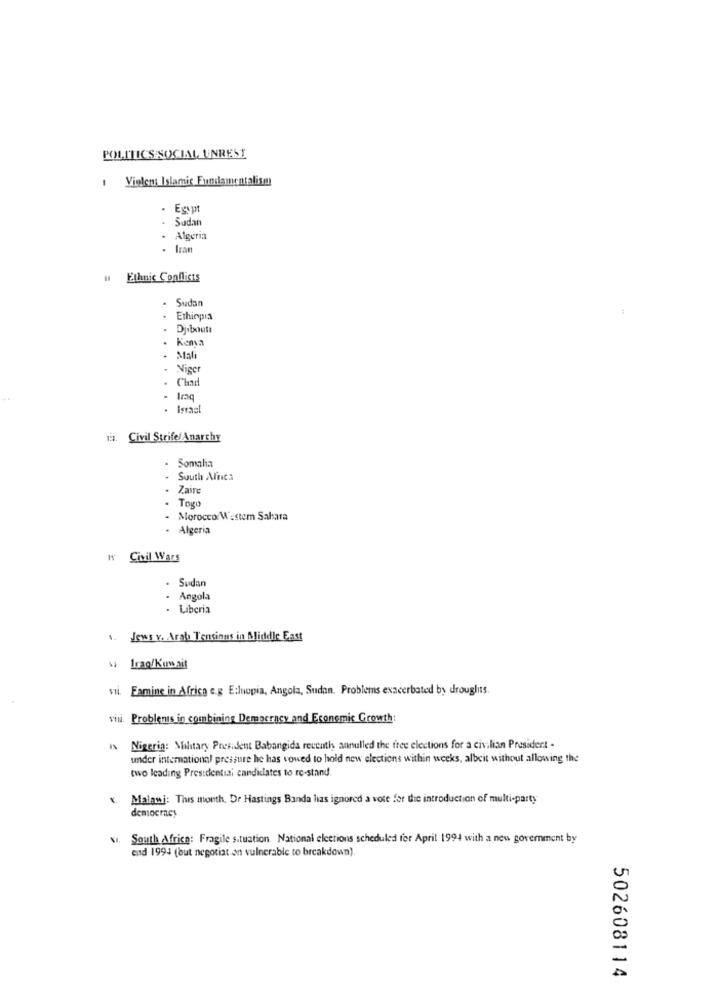
POLITICS SOCIAL, UNREST
Vielen: Islamic Fundamentalism
. Egypt
Sudan
· Algeria
. lar
Ethnic Conflicts
. Sudan
Ethiopia
.
Djibouti
. Kenya
. Mal
Niger
. Cland
Israel
19.
Civil Strife/ Anarchy
Somalia
South Africa
Zaire
Togo
.
- Morocco/ W.stem Sahara
. Algeria
I Civil Wars
- Sudan
Angola
- Liberia
.
Jews v. Arab Tensions in Middle East
w
Iraq/Kuwait
vil. Eamine in Africa e.g E:Inopia, Angola, Sudan. Problems exacerbated by droughts.
vin. Problems in combining Democracy and Economic Growth:
Nigeria: Military President Babangida recenth annulled the free elections for a civilian President -
under international pressure he has vowed to hold new elections within weeks, albeit without allowing the
two leading Presidential candidates to re-stand.
v. Malawi: This month, Dr Hastings Banda has ignored a vote for the introduction of multi-party
democracy
NI. South Africa: Fragile situation. National elections scheduled fer April 1994 with a new government by
end 1994 (but negotiation vulnerable to breakdown).
502608114